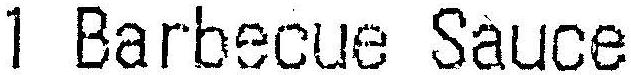
1 BARBECUE SAUCE